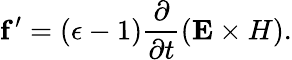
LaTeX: {\mathbf f}^{\prime}=(\epsilon-1){\frac{\partial}{\partial t}}({\mathbf E\times H}).